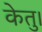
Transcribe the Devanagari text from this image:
केतु।